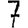
Digit: 7